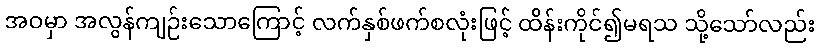
အဝမှာ အလွန်ကျဉ်းသောကြောင့် လက်နှစ်ဖက်စလုံးဖြင့် ထိန်းကိုင်၍မရသ သို့သော်လည်း